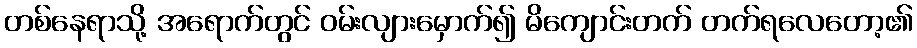
တစ်နေရာသို့ အရောက်တွင် ဝမ်းလျားမှောက်၍ မိကျောင်းတက် တက်ရလေတော့၏